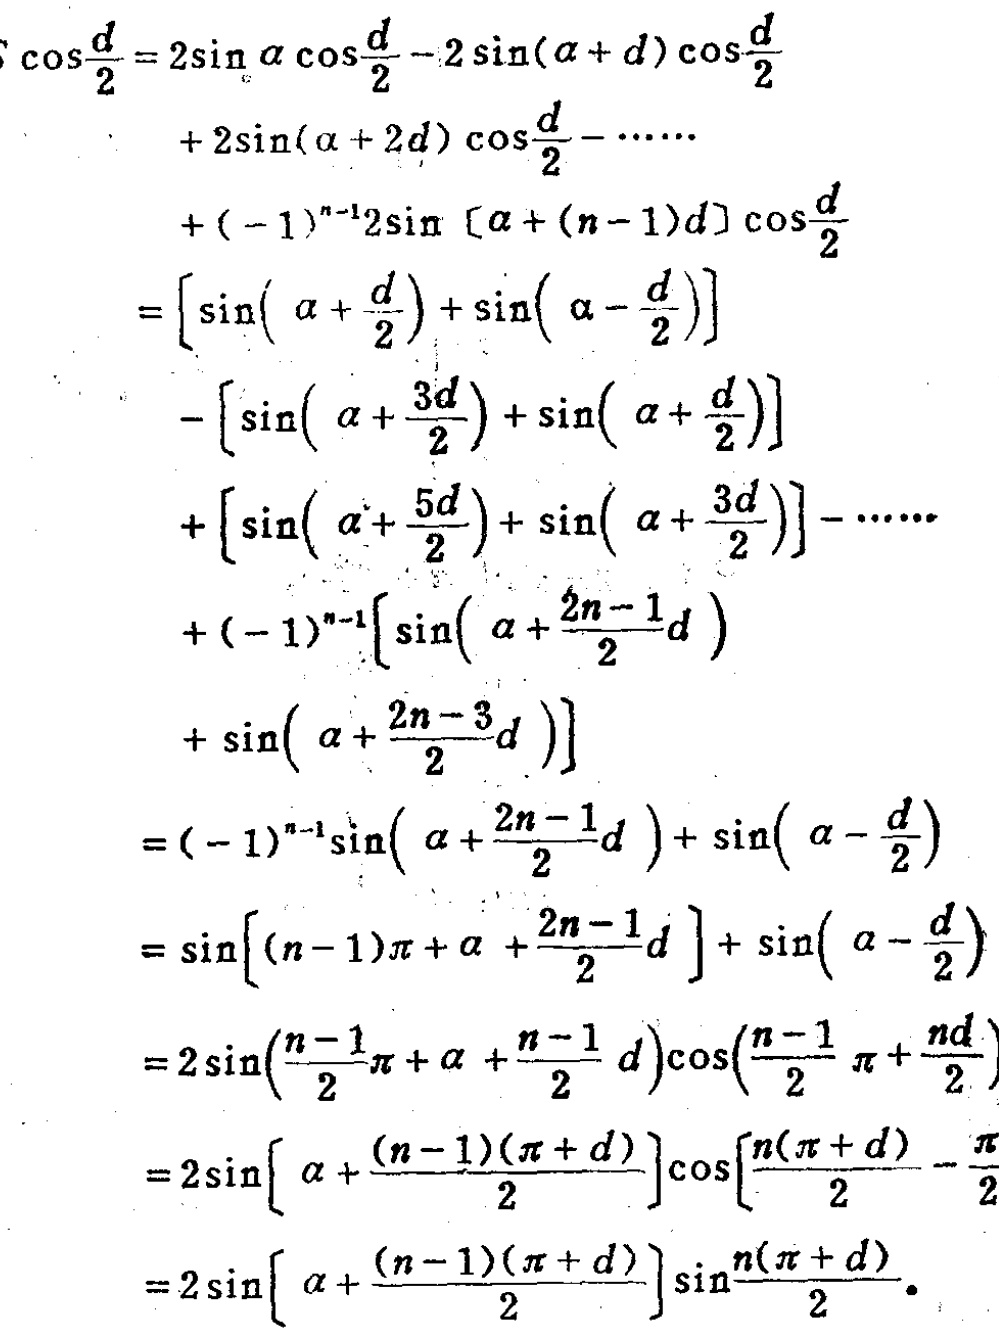
\[
\begin{align*}
\cos\frac{d}{2}&=2\sin\alpha\cos\frac{d}{2}-2\sin(\alpha + d)\cos\frac{d}{2}\\
&+2\sin(\alpha + 2d)\cos\frac{d}{2}-\cdots\\
&+(-1)^{n - 1}2\sin[\alpha+(n - 1)d]\cos\frac{d}{2}\\
&=\left[\sin\left(\alpha+\frac{d}{2}\right)+\sin\left(\alpha-\frac{d}{2}\right)\right]\\
&-\left[\sin\left(\alpha+\frac{3d}{2}\right)+\sin\left(\alpha+\frac{d}{2}\right)\right]\\
&+\left[\sin\left(\alpha+\frac{5d}{2}\right)+\sin\left(\alpha+\frac{3d}{2}\right)\right]-\cdots\\
&+(-1)^{n - 1}\left[\sin\left(\alpha+\frac{2n - 1}{2}d\right)\right.\\
&\left.+\sin\left(\alpha+\frac{2n - 3}{2}d\right)\right]\\
&=(-1)^{n - 1}\sin\left(\alpha+\frac{2n - 1}{2}d\right)+\sin\left(\alpha-\frac{d}{2}\right)\\
&=\sin\left[(n - 1)\pi+\alpha+\frac{2n - 1}{2}d\right]+\sin\left(\alpha-\frac{d}{2}\right)\\
&=2\sin\left(\frac{n - 1}{2}\pi+\alpha+\frac{n - 1}{2}d\right)\cos\left(\frac{n - 1}{2}\pi+\frac{nd}{2}\right)\\
&=2\sin\left[\alpha+\frac{(n - 1)(\pi + d)}{2}\right]\cos\left[\frac{n(\pi + d)}{2}-\frac{\pi}{2}\right]\\
&=2\sin\left[\alpha+\frac{(n - 1)(\pi + d)}{2}\right]\sin\frac{n(\pi + d)}{2}
\end{align*}
\]